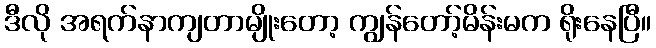
ဒီလို အရက်နာကျတာမျိုးတော့ ကျွန်တော့်မိန်းမက ရိုးနေပြီ။